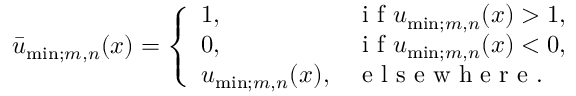
\begin{array} { r } { \bar { u } _ { \mathrm { m i n } ; m , n } ( x ) = \left\{ \begin{array} { l l } { 1 , \quad } & { \mathrm { ~ i ~ f ~ } u _ { \mathrm { m i n } ; m , n } ( x ) > 1 , } \\ { 0 , } & { \mathrm { ~ i ~ f ~ } u _ { \mathrm { m i n } ; m , n } ( x ) < 0 , } \\ { u _ { \mathrm { m i n } ; m , n } ( x ) , } & { \mathrm { ~ e ~ l ~ s ~ e ~ w ~ h ~ e ~ r ~ e ~ . ~ } } \end{array} \right. } \end{array}